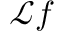
\mathcal { L } f